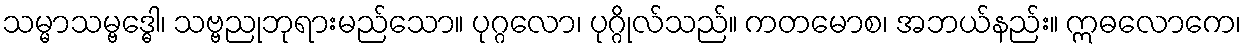
သမ္မာသမ္ဗဒ္ဓေါ၊ သဗ္ဗညုဘုရားမည်သော။ ပုဂ္ဂလော၊ ပုဂ္ဂိုလ်သည်။ ကတမောစ၊ အဘယ်နည်း။ ဣဓလောကေ၊